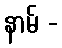
နာမ် -